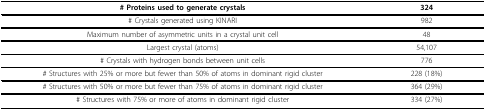
<table><thead><tr><td><b># Proteins used to generate crystals </b></td><td><b>324 </b></td></tr></thead><tbody><tr><td># Crystals generated using KINARI</td><td>982</td></tr><tr><td>Maximum number of asymmetric units in a crystal unit cell</td><td>48</td></tr><tr><td>Largest crystal (atoms)</td><td>54,107</td></tr><tr><td># Crystals with hydrogen bonds between unit cells</td><td>776</td></tr><tr><td># Structures with 25% or more but fewer than 50% of atoms in dominant rigid cluster</td><td>228 (18%)</td></tr><tr><td># Structures with 50% or more but fewer than 75% of atoms in dominant rigid cluster</td><td>364 (29%)</td></tr><tr><td># Structures with 75% or more of atoms in dominant rigid cluster</td><td>334 (27%)</td></tr></tbody></table>